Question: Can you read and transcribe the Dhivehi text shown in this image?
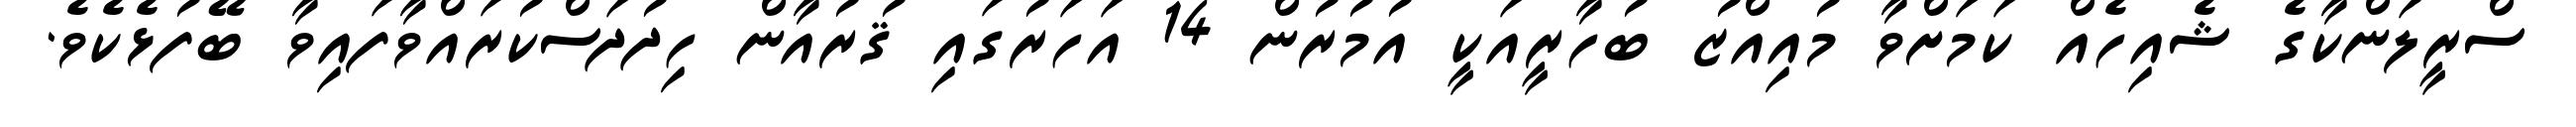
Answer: ސްރީލަންކާގެ ޝެއިހެއް ކަމަށްވާ މުއިއްޒު ބުހާރީއަކީ އުމުރުން 14 އަހަރުގައި ޤުރުއާން ހިދުދަސްކުރައްވާފައިވާ ބޭފުޅެކެވެ.